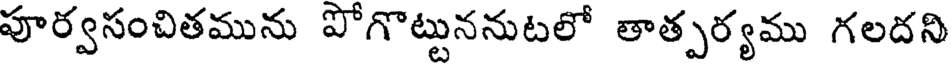
పూర్వసంచితమును పోగొట్టుననుటలో తాత్పర్యము గలదని